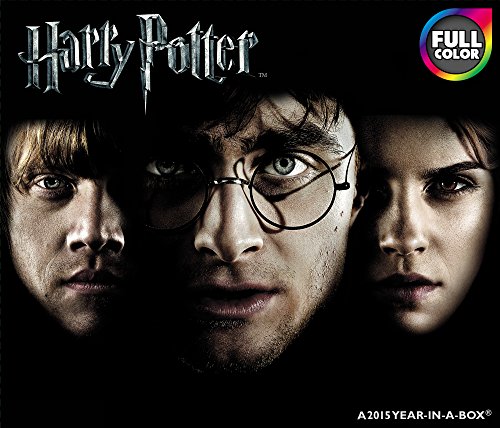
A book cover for Harry Potter Boxed Calendar (2015); Landmark; Calendars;